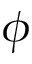
\phi